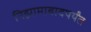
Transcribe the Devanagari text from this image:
निझामाबादपर्यंत